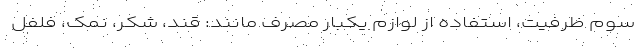
سوم ظرفیت، استفاده از لوازم یکبار مصرف مانند: قند، شکر، نمک، فلفل